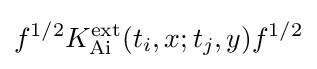
f^{1/2}K_{\operatorname {Ai} }^{\operatorname {ext} }(t_{i},x;t_{j},y)f^{1/2}